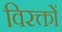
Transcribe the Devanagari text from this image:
विरक्तों